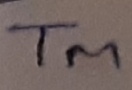
Text: TM